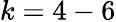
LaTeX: k=4-6